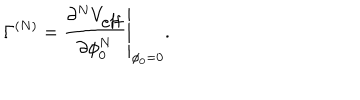
LaTeX: \Gamma ^ { ( N ) } = \left. \frac { \partial ^ { N } V _ { \mathrm { e f f } } } { \partial \phi _ { 0 } ^ { N } } \right| _ { \phi _ { 0 } = 0 } .